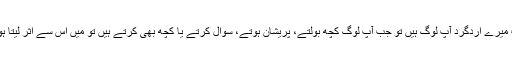
اب میرے اردگرد آپ لوگ ہیں تو جب آپ لوگ کچھ بولتے، پریشان ہوتے، سوال کرتے یا کچھ بھی کرتے ہیں تو میں اس سے اثر لیتا ہوں۔